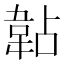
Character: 䪓